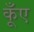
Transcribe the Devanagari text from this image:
कूँए